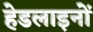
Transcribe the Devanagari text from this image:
हेडलाइनों